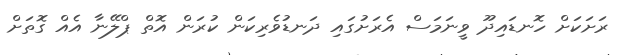
ރަށަކަށް ހޮނޑައިދޫ ވީނަމަސް އެރަށުގައި ދަނޑުވެރިކަން ކުރަން އޮތް ޕްލޭނާ އެއް ގޮތަށް